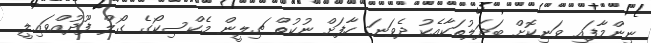
ނިންމާފައި ވަނިކޮށް ބަދަލުތަކާއެކު ދެވަނަ ހާފަށް ނުކުތް ޗިލީން މެކްސިކޯގެ ގޯލް ފޫދުއްވައިލީ